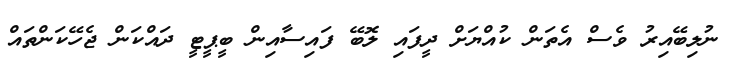
ނުލިބޭއިރު ވެސް އެތަން ކުއްޔަށް ދީފައި ލޮބޭ ފައިސާއިން ބީޕީޓީ ދައްކަން ޖެހޭކަންތައް